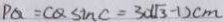
P Q = C Q \sin C = 3 0 ( \sqrt { 3 } - 1 ) c m